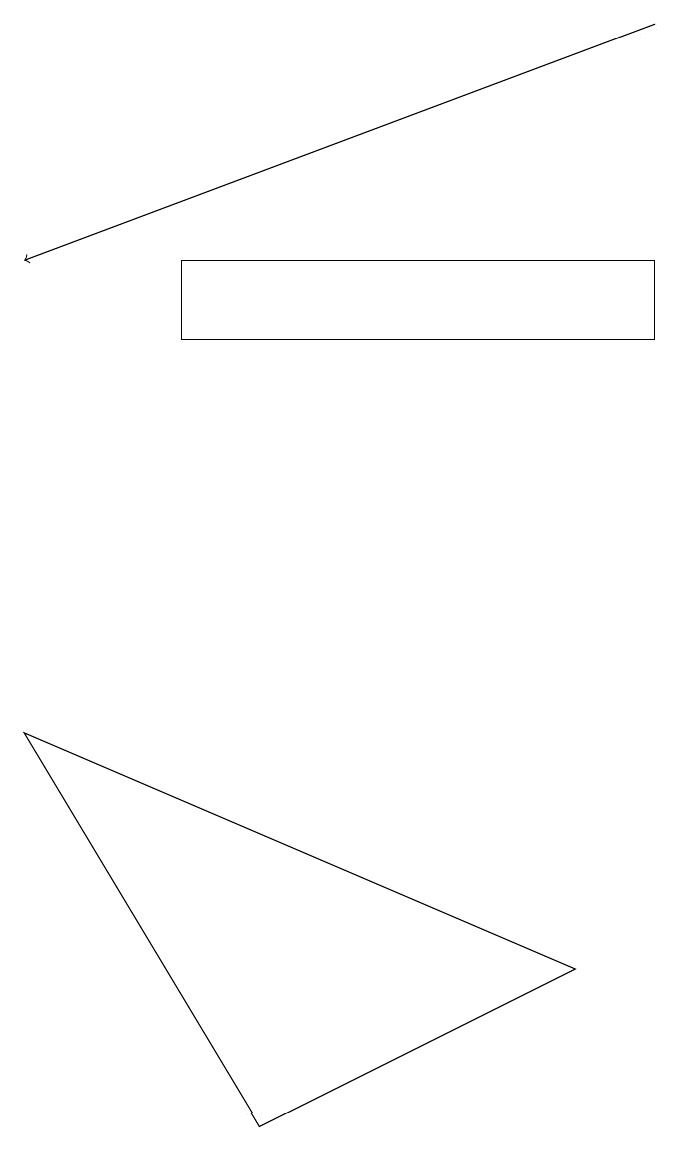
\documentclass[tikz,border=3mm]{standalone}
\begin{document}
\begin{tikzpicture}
\draw (2,13) rectangle (8,14);
\draw[->] (8,17) -- (0,14);
\draw (0,8) -- (3,3) -- (7,5) -- cycle;
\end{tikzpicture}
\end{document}